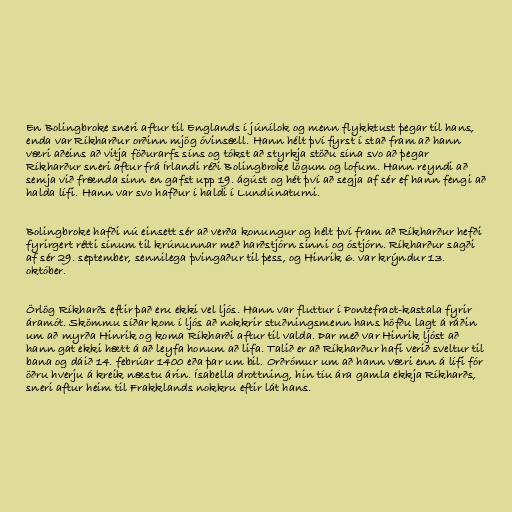
En Bolingbroke sneri aftur til Englands í júnílok og menn flykktust þegar til hans,
enda var Ríkharður orðinn mjög óvinsæll. Hann hélt því fyrst í stað fram að hann
væri aðeins að vitja föðurarfs síns og tókst að styrkja stöðu sína svo að þegar
Ríkharður sneri aftur frá Írlandi réði Bolingbroke lögum og lofum. Hann reyndi að
semja við frænda sinn en gafst upp 19. ágúst og hét því að segja af sér ef hann fengi að
halda lífi. Hann var svo hafður í haldi í Lundúnaturni.

Bolingbroke hafði nú einsett sér að verða konungur og hélt því fram að Ríkharður hefði
fyrirgert rétti sínum til krúnunnar með harðstjórn sinni og óstjórn. Ríkharður sagði
af sér 29. september, sennilega þvingaður til þess, og Hinrik 6. var krýndur 13.
október.

Örlög Ríkharðs eftir það eru ekki vel ljós. Hann var fluttur í Pontefract-kastala fyrir
áramót. Skömmu síðar kom í ljós að nokkrir stuðningsmenn hans höfðu lagt á ráðin
um að myrða Hinrik og koma Ríkharði aftur til valda. Þar með var Hinrik ljóst að
hann gat ekki hætt á að leyfa honum að lifa. Talið er að Ríkharður hafi verið sveltur til
bana og dáið 14. febrúar 1400 eða þar um bil. Orðrómur um að hann væri enn á lífi fór
öðru hverju á kreik næstu árin. Ísabella drottning, hin tíu ára gamla ekkja Ríkharðs,
sneri aftur heim til Frakklands nokkru eftir lát hans.